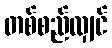
တစ်စည်လျှင်